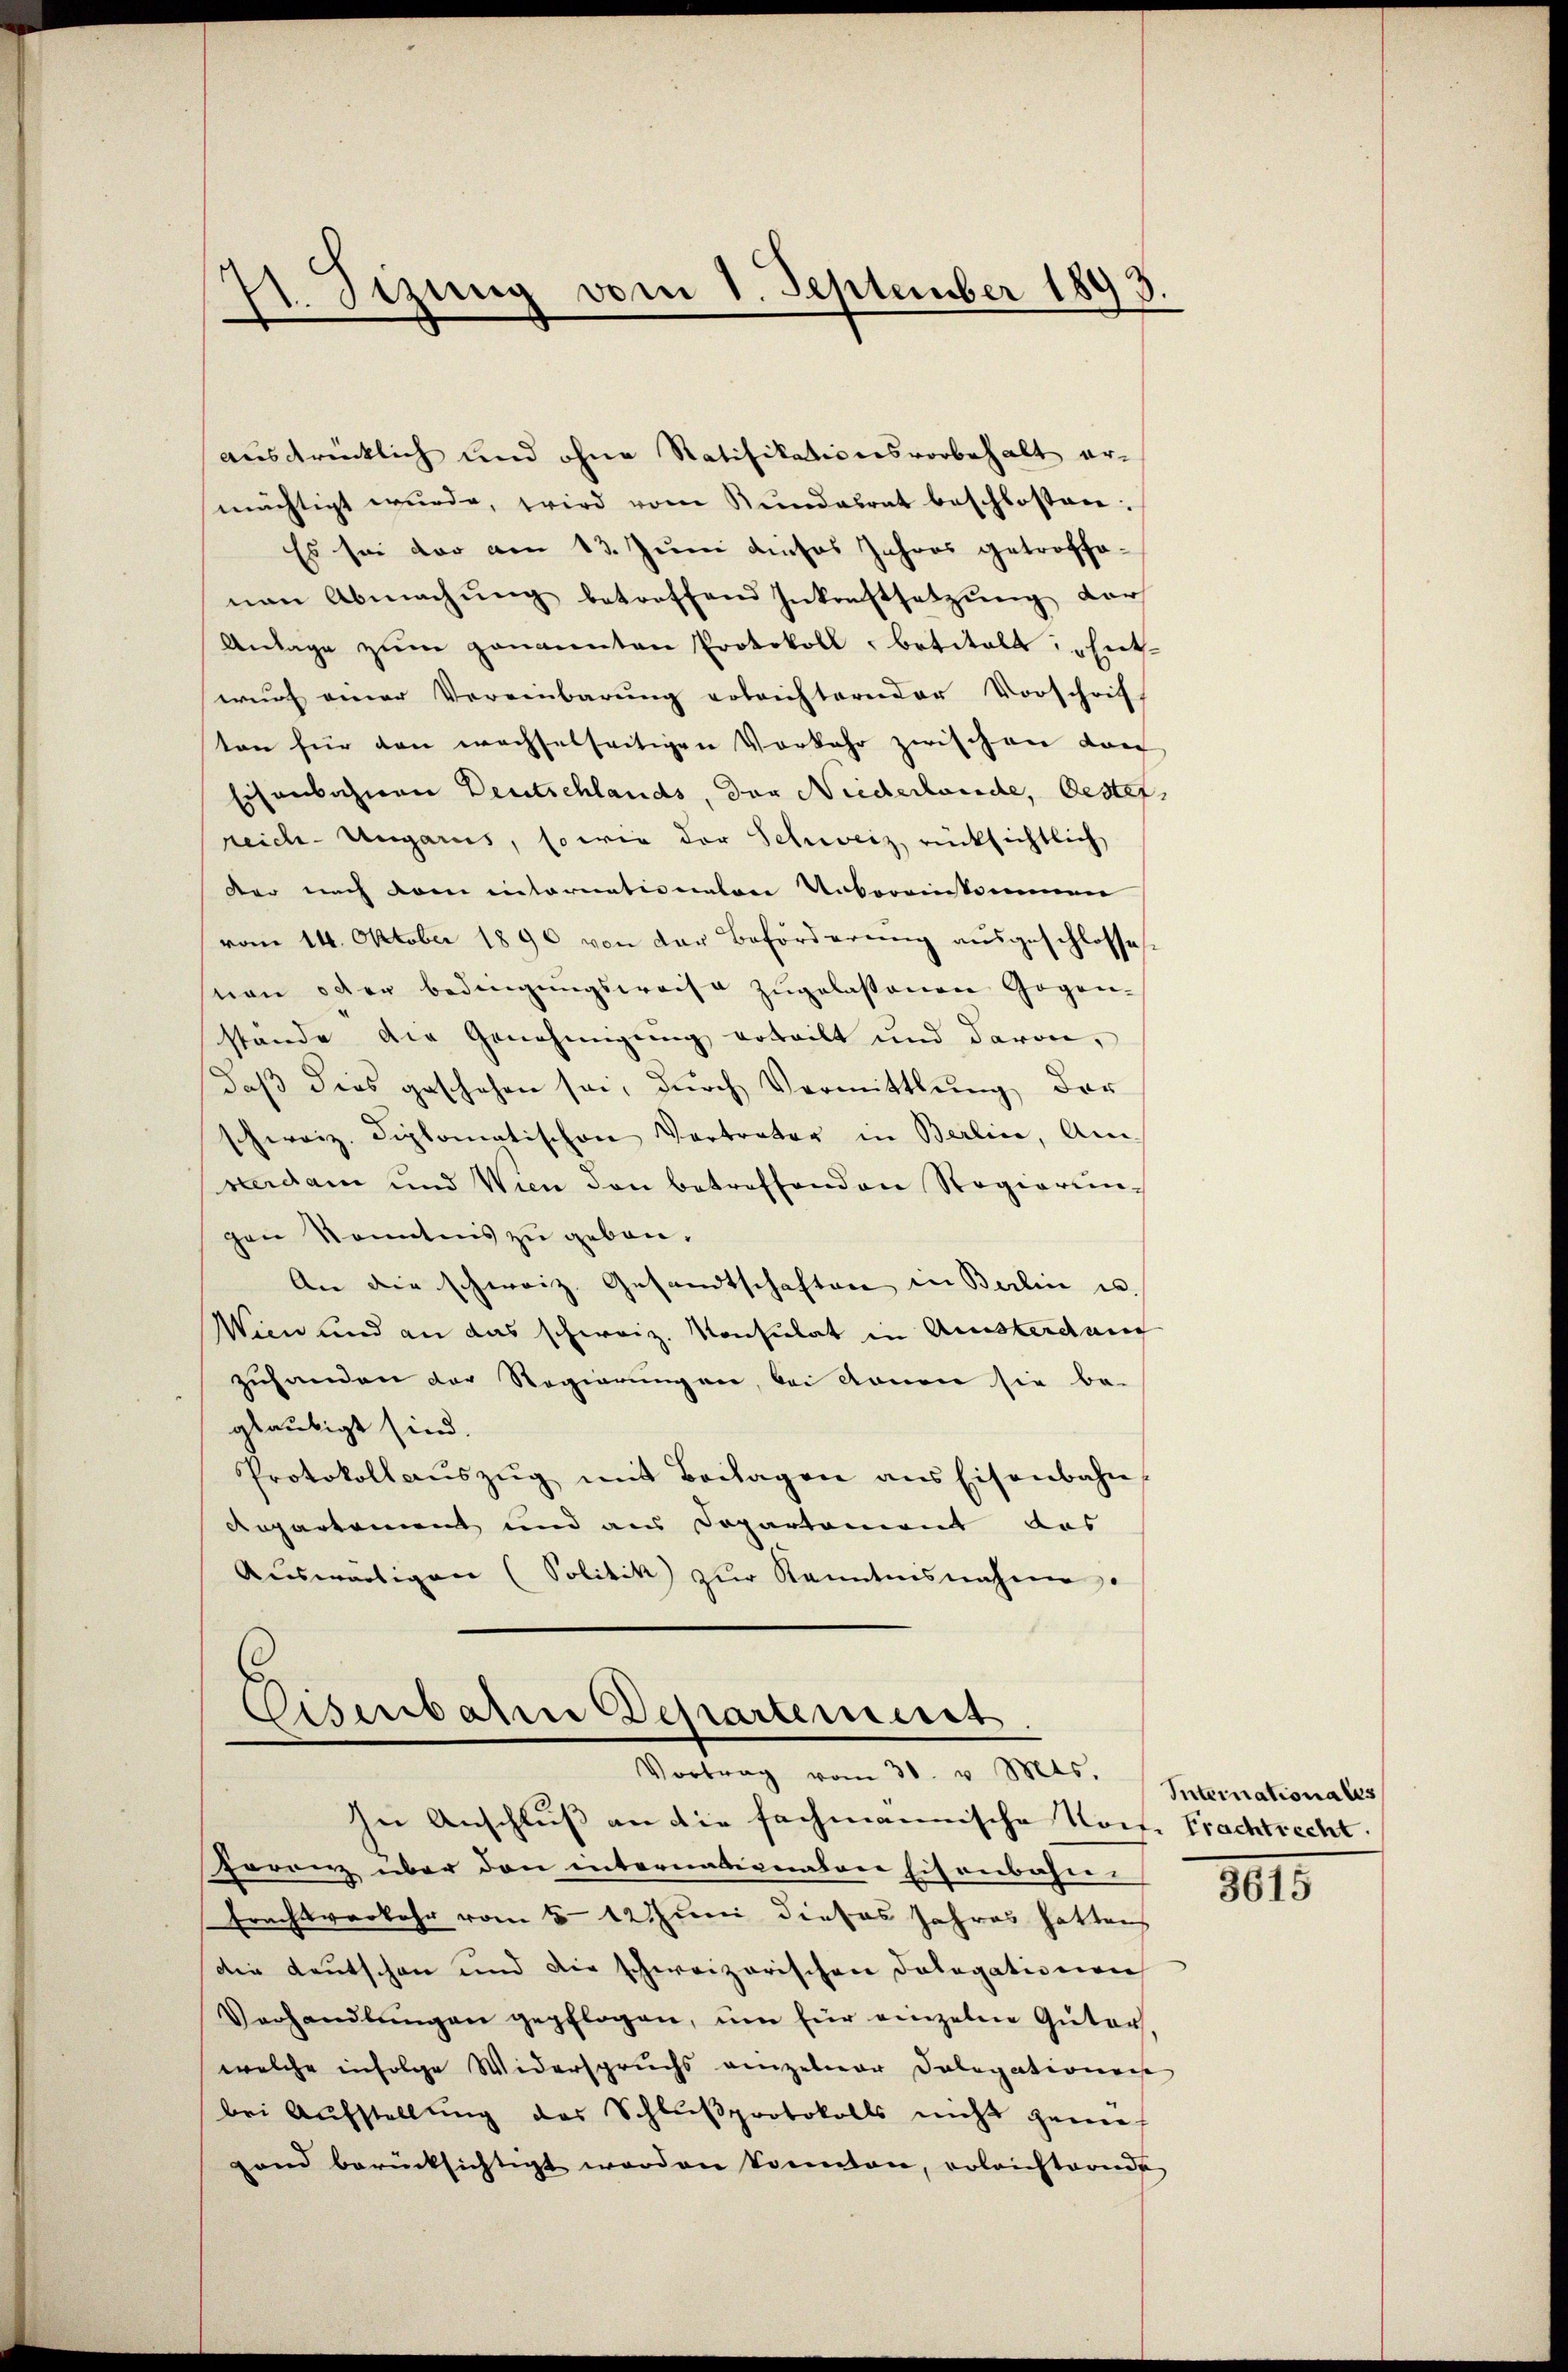
71. Setzung vom 1. September 1893

ausdrücklich und ohne Ratifikationsvorbehalt ermächtigt wŭrde, wird vom Bŭndesrat beschlossen:
Es sei der am 13. Juni dieses Jahres getroffenan Abmachŭng betreffend Inkonftsetzŭng der
Anlage zŭm genannten Protokoll, betitalt: „Entwŭrf einer Vereinbarŭng erbrichternder Vorschrift
ton für den wachselseitigen Vorkehr zwischen Dorf
Eisenbahnen Deutschlands, der Niederlande, Oester
reich-Ungarus, so wie der Schweiz, rücksichtlich
der nach vom intornationaten Uebereinkommen
vom 14. Oktober 1890 von der Beförderŭng aŭsgeschlosse
tion oder bedingungsweise zugelassenen Gegen-
stände die Genehmigung erteilt und davon,
daß dies geschehen sei, durch Vermittlung der
schweiz. Diplomatischen Vertreter in Berlin, Am
verdam und Wien den betreffenden Regierungen Kenntnis zu geben.
An die schweiz. Gesandtschaften in Berlin u.
Wien und an das schweiz. Konsulat in Amsterdan
zuhanden der Regierungen, bei konen sie be-
gläubigt sind.
Protokoll aŭszŭg mit Beilagen ans Eisenbahn
Repartement und aus Departement das
Auswärtigen (Solitik zur Kenntnisnahme.

Eisenbahne Departemeist.
Vortrag vom 30. v. Mts.

In Anschluß an die fachmannische Vom Frachtrecht.
Foranz über den internationalen Eisenbahn¬
Erachtsverkehr vom 5. 12 Juni dieses Jahres hatten
die Leutschen und die schweizerischen Dologationen
Verhandlŭngen gepflogen, um für einzelne Güter.
welche infolge Widerspruchs einzelner Dolegateriens
bei Aufstellung des Schlŭβprotokolls nicht genief
gand berücksichtigt worden konnten, erleichteonde

Internationales

1015